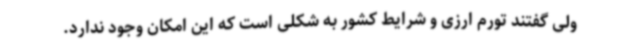
ولی گفتند تورم ارزی و شرایط کشور به شکلی است که این امکان وجود ندارد.